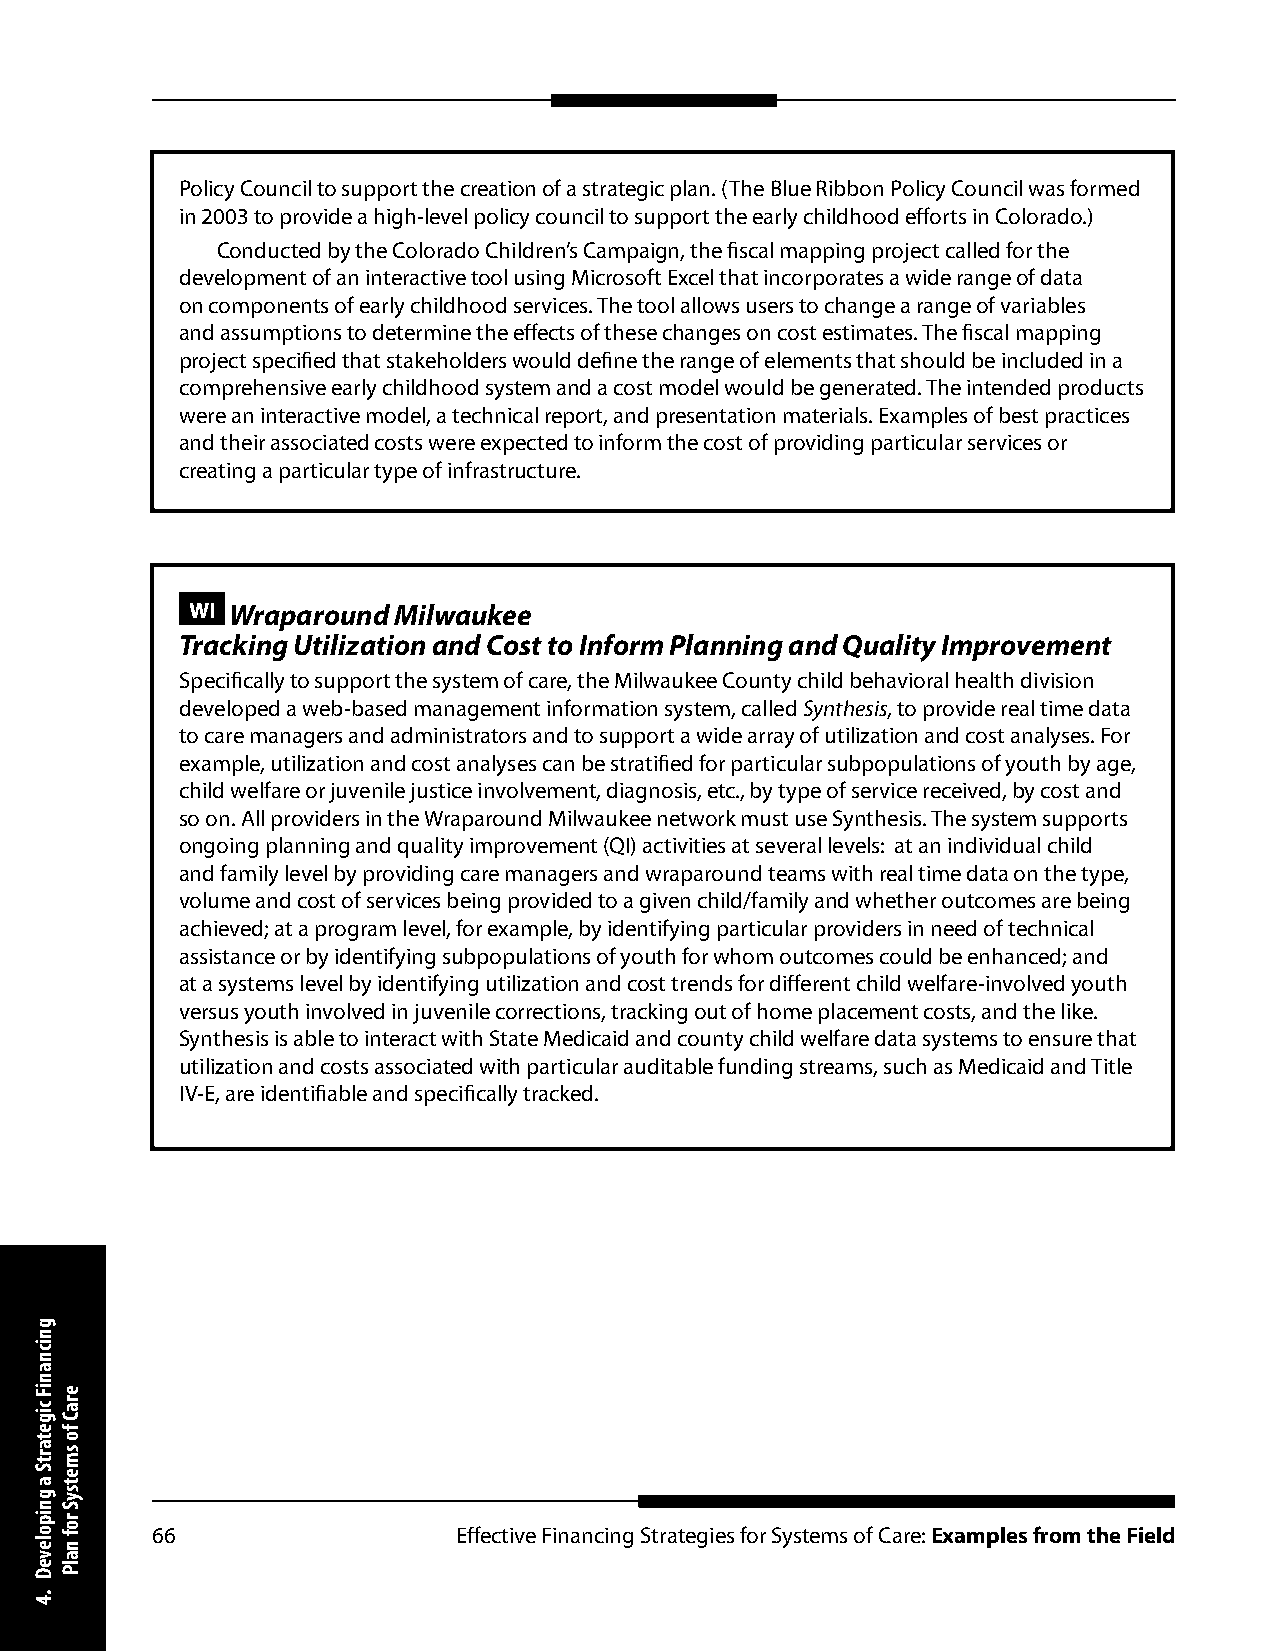
Policy Council to support the creation of a strategic plan. (The Blue Ribbon Policy Council was formed
 in 2003 to provide a high-level policy council to support the early childhood efforts in Colorado.)
 Conducted by the Colorado Children’s Campaign, the fiscal mapping project called for the
 development of an interactive tool using Microsoft Excel that incorporates a wide range of data
 on components of early childhood services. The tool allows users to change a range of variables
 and assumptions to determine the effects of these changes on cost estimates. The fiscal mapping
 project specified that stakeholders would define the range of elements that should be included in a
 comprehensive early childhood system and a cost model would be generated. The intended products
 were an interactive model, a technical report, and presentation materials. Examples of best practices
 and their associated costs were expected to inform the cost of providing particular services or
 creating a particular type of infrastructure.
 WI Wraparound Milwaukee
 Tracking Utilization and Cost to Inform Planning and Quality Improvement
 Specifically to support the system of care, the Milwaukee County child behavioral health division
 developed a web-based management information system, called Synthesis, to provide real time data
 to care managers and administrators and to support a wide array of utilization and cost analyses. For
 example, utilization and cost analyses can be stratified for particular subpopulations of youth by age,
 child welfare or juvenile justice involvement, diagnosis, etc., by type of service received, by cost and
 so on. All providers in the Wraparound Milwaukee network must use Synthesis. The system supports
 ongoing planning and quality improvement (QI) activities at several levels: at an individual child
 and family level by providing care managers and wraparound teams with real time data on the type,
 volume and cost of services being provided to a given child/family and whether outcomes are being
 achieved; at a program level, for example, by identifying particular providers in need of technical
 assistance or by identifying subpopulations of youth for whom outcomes could be enhanced; and
 at a systems level by identifying utilization and cost trends for different child welfare-involved youth
 versus youth involved in juvenile corrections, tracking out of home placement costs, and the like.
 Synthesis is able to interact with State Medicaid and county child welfare data systems to ensure that
 utilization and costs associated with particular auditable funding streams, such as Medicaid and Title
 IV-E, are identifiable and specifically tracked.
 66                  Effective Financing Strategies for Systems of Care: Examples from the Field
 gnicnaniF
 cigetartS
 a
 gnipoleveD
 .4
 eraC
 fo
 smetsyS
 rof
 nalP